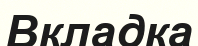
Вкладка